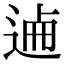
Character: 𨓘